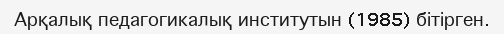
Арқалық педагогикалық институтын (1985) бітірген.